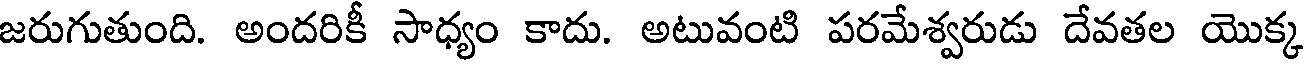
జరుగుతుంది. అందరికీ సాధ్యం కాదు. అటువంటి పరమేశ్వరుడు దేవతల యొక్క